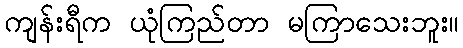
ကျန်းရီက ယုံကြည်တာ မကြာသေးဘူး။